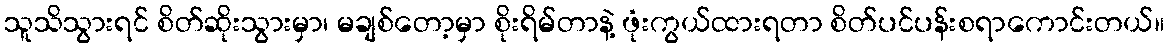
သူသိသွားရင် စိတ်ဆိုးသွားမှာ၊ မချစ်တော့မှာ စိုးရိမ်တာနဲ့ ဖုံးကွယ်ထားရတာ စိတ်ပင်ပန်းစရာကောင်းတယ်။